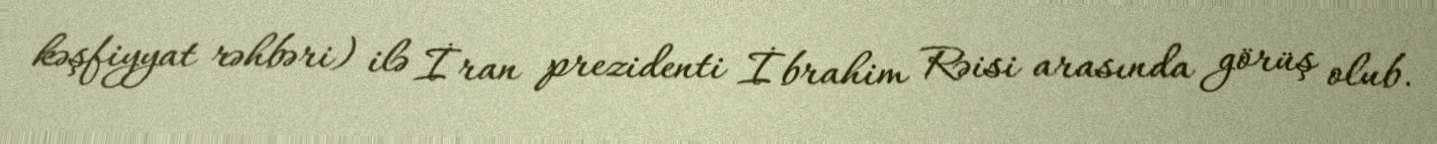
kəşfiyyat rəhbəri) ilə İran prezidenti İbrahim Rəisi arasında görüş olub.